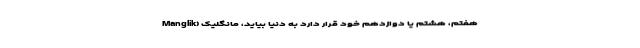
هفتم، هشتم یا دوازدهم خود قرار دارد به دنیا بیاید، مانگلیک (Manglik